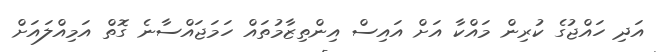
އަދި ހައްޖުގެ ކުރިން މައްކާ އަށް އައިސް އިންތިޒާމުތައް ހަމަޖައްސާނެ ގޮތް އަމިއްލައަށް